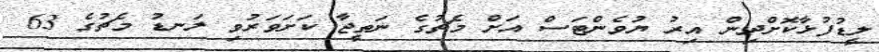
ލީޑުފުޅާކޮށްދިން އިރު ޔުވެންޓަސް އަށް މެޗުގެ ނަތީޖާ ކަށަވަރުވި ލަނޑު މެޗުގެ 63